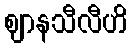
ဈာနသီလီဟိ